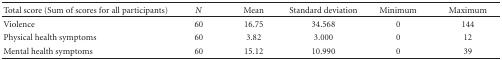
| Total score (Sum of scores for all participants) | N | Mean | Standard deviation | Minimum | Maximum |
 | --- | --- | --- | --- | --- | --- |
 | Violence | 60 | 16.75 | 34.568 | 0 | 144 |
 | Physical health symptoms | 60 | 3.82 | 3.000 | 0 | 12 |
 | Mental health symptoms | 60 | 15.12 | 10.990 | 0 | 39 |